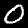
Label: 0